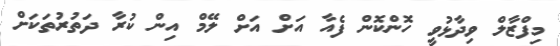
މިފްޒާލް ވިދާޅުވީ ހޮންކޮން ފެއާ އަށް އަށް ލޭމް އިން ކުރާ ދަތުރުތަކަށް